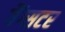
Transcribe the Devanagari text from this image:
गैंग्सटर